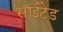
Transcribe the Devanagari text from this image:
साईटेड